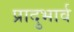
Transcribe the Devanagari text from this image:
प्रादुभार्व